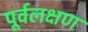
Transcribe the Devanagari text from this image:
पूर्वलक्षण